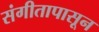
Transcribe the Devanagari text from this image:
संगीतापासून